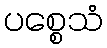
ပစ္စေသံ